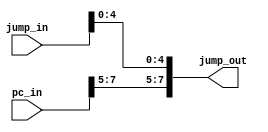
`timescale 1ns / 1ps
//////////////////////////////////////////////////////////////////////////////////
// Company: 
// Engineer: 
// 
// Design Name: 
// Module Name: jump_alu
// Project Name: 
// Target Devices: 
// Tool Versions: 
// Description: 
// 
// Dependencies: 
// 
// Revision:
// Revision 0.01 - File Created
// Additional Comments:
// 
//////////////////////////////////////////////////////////////////////////////////


module jump_alu(
    input [7:0] jump_in,
    input [7:0] pc_in,
    output [7:0] jump_out
    );
    
//    always @(jump_in,pc_in)
//    begin
    assign jump_out = {pc_in[7:5],jump_in[4:0]};
//    end
endmodule